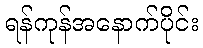
ရန်ကုန်အနောက်ပိုင်း